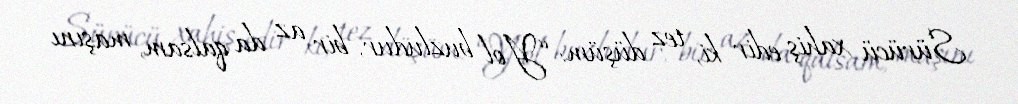
Sürücü xahiş edir ki, tez düşüm: “Yol buzludur, bir az da qalsam, maşını